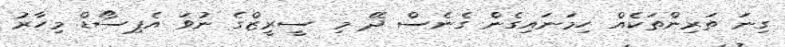
ގިނަ ތަރިންތަކެއް ހިމަނައިގެން ގެނެސް ދޭ މި ސީރީޒްގެ ނުވަ އެޕިސޯޑް މިހާރު